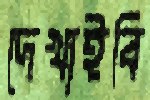
দেখাইবি